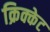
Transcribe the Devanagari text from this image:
क्रिक्केट